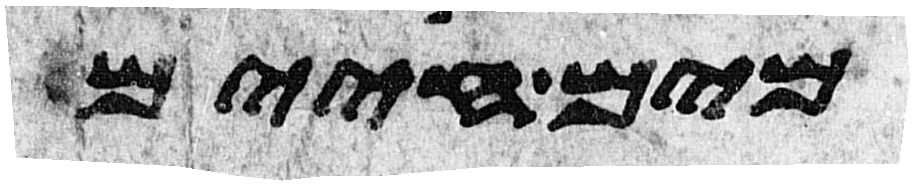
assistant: מים חיים